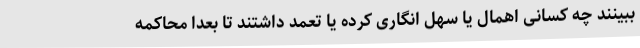
ببینند چه کسانی اهمال یا سهل انگاری کرده یا تعمد داشتند تا بعدا محاکمه